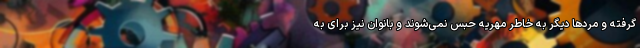
گرفته و مردها دیگر به خاطر مهریه حبس نمی‌شوند و بانوان نیز برای به